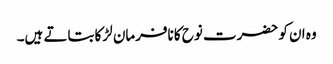
وہ ان کو حضرت نوح کا نافرمان لڑکا بتاتے ہیں۔